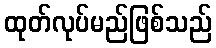
ထုတ်လုပ်မည်ဖြစ်သည်